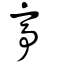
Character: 亭